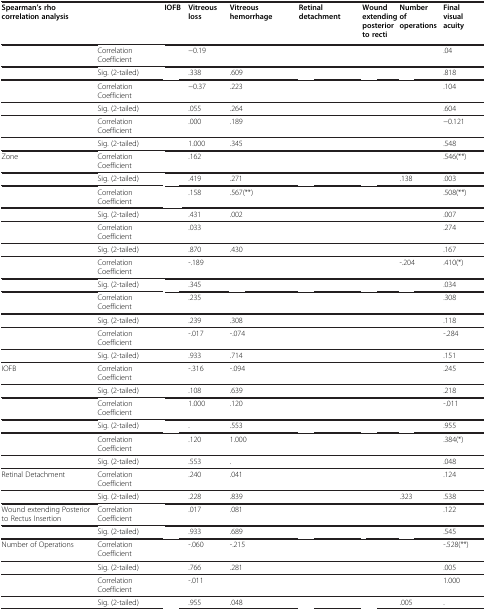
<table><thead><tr><td><b>Spearman’s rho correlation analysis</b></td><td>[EMPTY_CELL]</td><td><b>IOFB</b></td><td><b>Vitreous loss</b></td><td><b>Vitreous hemorrhage</b></td><td><b>Retinal detachment</b></td><td><b>Wound extending posterior to recti</b></td><td><b>Number of operations</b></td><td><b>Final visual acuity</b></td></tr></thead><tbody><tr><td>[EMPTY_CELL]</td><td>Correlation Coefficient</td><td>[EMPTY_CELL]</td><td>−0.19</td><td>[EMPTY_CELL]</td><td>[EMPTY_CELL]</td><td>[EMPTY_CELL]</td><td>[EMPTY_CELL]</td><td>.04</td></tr><tr><td>[EMPTY_CELL]</td><td>Sig. (2-tailed)</td><td>[EMPTY_CELL]</td><td>.338</td><td>.609</td><td>[EMPTY_CELL]</td><td>[EMPTY_CELL]</td><td>[EMPTY_CELL]</td><td>.818</td></tr><tr><td>[EMPTY_CELL]</td><td>Correlation Coefficient</td><td>[EMPTY_CELL]</td><td>−0.37</td><td>.223</td><td>[EMPTY_CELL]</td><td>[EMPTY_CELL]</td><td>[EMPTY_CELL]</td><td>.104</td></tr><tr><td>[EMPTY_CELL]</td><td>Sig. (2-tailed)</td><td>[EMPTY_CELL]</td><td>.055</td><td>.264</td><td>[EMPTY_CELL]</td><td>[EMPTY_CELL]</td><td>[EMPTY_CELL]</td><td>.604</td></tr><tr><td>[EMPTY_CELL]</td><td>Correlation Coefficient</td><td>[EMPTY_CELL]</td><td>.000</td><td>.189</td><td>[EMPTY_CELL]</td><td>[EMPTY_CELL]</td><td>[EMPTY_CELL]</td><td>−0.121</td></tr><tr><td>[EMPTY_CELL]</td><td>Sig. (2-tailed)</td><td>[EMPTY_CELL]</td><td>1.000</td><td>.345</td><td>[EMPTY_CELL]</td><td>[EMPTY_CELL]</td><td>[EMPTY_CELL]</td><td>.548</td></tr><tr><td>Zone</td><td>Correlation Coefficient</td><td>[EMPTY_CELL]</td><td>.162</td><td>[EMPTY_CELL]</td><td>[EMPTY_CELL]</td><td>[EMPTY_CELL]</td><td>[EMPTY_CELL]</td><td>.546(**)</td></tr><tr><td>[EMPTY_CELL]</td><td>Sig. (2-tailed)</td><td>[EMPTY_CELL]</td><td>.419</td><td>.271</td><td>[EMPTY_CELL]</td><td>[EMPTY_CELL]</td><td>.138</td><td>.003</td></tr><tr><td>[EMPTY_CELL]</td><td>Correlation Coefficient</td><td>[EMPTY_CELL]</td><td>.158</td><td>.567(**)</td><td>[EMPTY_CELL]</td><td>[EMPTY_CELL]</td><td>[EMPTY_CELL]</td><td>.508(**)</td></tr><tr><td>[EMPTY_CELL]</td><td>Sig. (2-tailed)</td><td>[EMPTY_CELL]</td><td>.431</td><td>.002</td><td>[EMPTY_CELL]</td><td>[EMPTY_CELL]</td><td>[EMPTY_CELL]</td><td>.007</td></tr><tr><td>[EMPTY_CELL]</td><td>Correlation Coefficient</td><td>[EMPTY_CELL]</td><td>.033</td><td>[EMPTY_CELL]</td><td>[EMPTY_CELL]</td><td>[EMPTY_CELL]</td><td>[EMPTY_CELL]</td><td>.274</td></tr><tr><td>[EMPTY_CELL]</td><td>Sig. (2-tailed)</td><td>[EMPTY_CELL]</td><td>.870</td><td>.430</td><td>[EMPTY_CELL]</td><td>[EMPTY_CELL]</td><td>[EMPTY_CELL]</td><td>.167</td></tr><tr><td>[EMPTY_CELL]</td><td>Correlation Coefficient</td><td>[EMPTY_CELL]</td><td>-.189</td><td>[EMPTY_CELL]</td><td>[EMPTY_CELL]</td><td>[EMPTY_CELL]</td><td>-.204</td><td>.410(*)</td></tr><tr><td>[EMPTY_CELL]</td><td>Sig. (2-tailed)</td><td>[EMPTY_CELL]</td><td>.345</td><td>[EMPTY_CELL]</td><td>[EMPTY_CELL]</td><td>[EMPTY_CELL]</td><td>[EMPTY_CELL]</td><td>.034</td></tr><tr><td>[EMPTY_CELL]</td><td>Correlation Coefficient</td><td>[EMPTY_CELL]</td><td>.235</td><td>[EMPTY_CELL]</td><td>[EMPTY_CELL]</td><td>[EMPTY_CELL]</td><td>[EMPTY_CELL]</td><td>.308</td></tr><tr><td>[EMPTY_CELL]</td><td>Sig. (2-tailed)</td><td>[EMPTY_CELL]</td><td>.239</td><td>.308</td><td>[EMPTY_CELL]</td><td>[EMPTY_CELL]</td><td>[EMPTY_CELL]</td><td>.118</td></tr><tr><td>[EMPTY_CELL]</td><td>Correlation Coefficient</td><td>[EMPTY_CELL]</td><td>-.017</td><td>-.074</td><td>[EMPTY_CELL]</td><td>[EMPTY_CELL]</td><td>[EMPTY_CELL]</td><td>-.284</td></tr><tr><td>[EMPTY_CELL]</td><td>Sig. (2-tailed)</td><td>[EMPTY_CELL]</td><td>.933</td><td>.714</td><td>[EMPTY_CELL]</td><td>[EMPTY_CELL]</td><td>[EMPTY_CELL]</td><td>.151</td></tr><tr><td>IOFB</td><td>Correlation Coefficient</td><td>[EMPTY_CELL]</td><td>-.316</td><td>-.094</td><td>[EMPTY_CELL]</td><td>[EMPTY_CELL]</td><td>[EMPTY_CELL]</td><td>.245</td></tr><tr><td>[EMPTY_CELL]</td><td>Sig. (2-tailed)</td><td>[EMPTY_CELL]</td><td>.108</td><td>.639</td><td>[EMPTY_CELL]</td><td>[EMPTY_CELL]</td><td>[EMPTY_CELL]</td><td>.218</td></tr><tr><td>[EMPTY_CELL]</td><td>Correlation Coefficient</td><td>[EMPTY_CELL]</td><td>1.000</td><td>.120</td><td>[EMPTY_CELL]</td><td>[EMPTY_CELL]</td><td>[EMPTY_CELL]</td><td>-.011</td></tr><tr><td>[EMPTY_CELL]</td><td>Sig. (2-tailed)</td><td>[EMPTY_CELL]</td><td>.</td><td>.553</td><td>[EMPTY_CELL]</td><td>[EMPTY_CELL]</td><td>[EMPTY_CELL]</td><td>.955</td></tr><tr><td>[EMPTY_CELL]</td><td>Correlation Coefficient</td><td>[EMPTY_CELL]</td><td>.120</td><td>1.000</td><td>[EMPTY_CELL]</td><td>[EMPTY_CELL]</td><td>[EMPTY_CELL]</td><td>.384(*)</td></tr><tr><td>[EMPTY_CELL]</td><td>Sig. (2-tailed)</td><td>[EMPTY_CELL]</td><td>.553</td><td>.</td><td>[EMPTY_CELL]</td><td>[EMPTY_CELL]</td><td>[EMPTY_CELL]</td><td>.048</td></tr><tr><td>Retinal Detachment</td><td>Correlation Coefficient</td><td>[EMPTY_CELL]</td><td>.240</td><td>.041</td><td>[EMPTY_CELL]</td><td>[EMPTY_CELL]</td><td>[EMPTY_CELL]</td><td>.124</td></tr><tr><td>[EMPTY_CELL]</td><td>Sig. (2-tailed)</td><td>[EMPTY_CELL]</td><td>.228</td><td>.839</td><td>[EMPTY_CELL]</td><td>[EMPTY_CELL]</td><td>.323</td><td>.538</td></tr><tr><td>Wound extending Posterior to Rectus Insertion</td><td>Correlation Coefficient</td><td>[EMPTY_CELL]</td><td>.017</td><td>.081</td><td>[EMPTY_CELL]</td><td>[EMPTY_CELL]</td><td>[EMPTY_CELL]</td><td>.122</td></tr><tr><td>[EMPTY_CELL]</td><td>Sig. (2-tailed)</td><td>[EMPTY_CELL]</td><td>.933</td><td>.689</td><td>[EMPTY_CELL]</td><td>[EMPTY_CELL]</td><td>[EMPTY_CELL]</td><td>.545</td></tr><tr><td>Number of Operations</td><td>Correlation Coefficient</td><td>[EMPTY_CELL]</td><td>-.060</td><td>-.215</td><td>[EMPTY_CELL]</td><td>[EMPTY_CELL]</td><td>[EMPTY_CELL]</td><td>-.528(**)</td></tr><tr><td>[EMPTY_CELL]</td><td>Sig. (2-tailed)</td><td>[EMPTY_CELL]</td><td>.766</td><td>.281</td><td>[EMPTY_CELL]</td><td>[EMPTY_CELL]</td><td>[EMPTY_CELL]</td><td>.005</td></tr><tr><td>[EMPTY_CELL]</td><td>Correlation Coefficient</td><td>[EMPTY_CELL]</td><td>-.011</td><td>[EMPTY_CELL]</td><td>[EMPTY_CELL]</td><td>[EMPTY_CELL]</td><td>[EMPTY_CELL]</td><td>1.000</td></tr><tr><td>[EMPTY_CELL]</td><td>Sig. (2-tailed)</td><td>[EMPTY_CELL]</td><td>.955</td><td>.048</td><td>[EMPTY_CELL]</td><td>[EMPTY_CELL]</td><td>.005</td><td>.</td></tr></tbody></table>